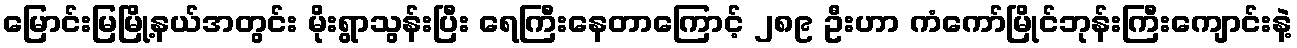
မြောင်းမြမြို့နယ်အတွင်း မိုးရွာသွန်းပြီး ရေကြီးနေတာကြောင့် ၂၈၉ ဦးဟာ ကံကော်မြိုင်ဘုန်းကြီးကျောင်းနဲ့